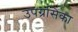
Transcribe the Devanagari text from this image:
उपग्रसिका